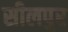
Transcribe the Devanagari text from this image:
सीलपुर